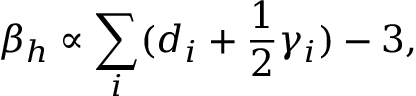
\beta _ { h } \propto \sum _ { i } ( d _ { i } + \frac { 1 } { 2 } \gamma _ { i } ) - 3 ,